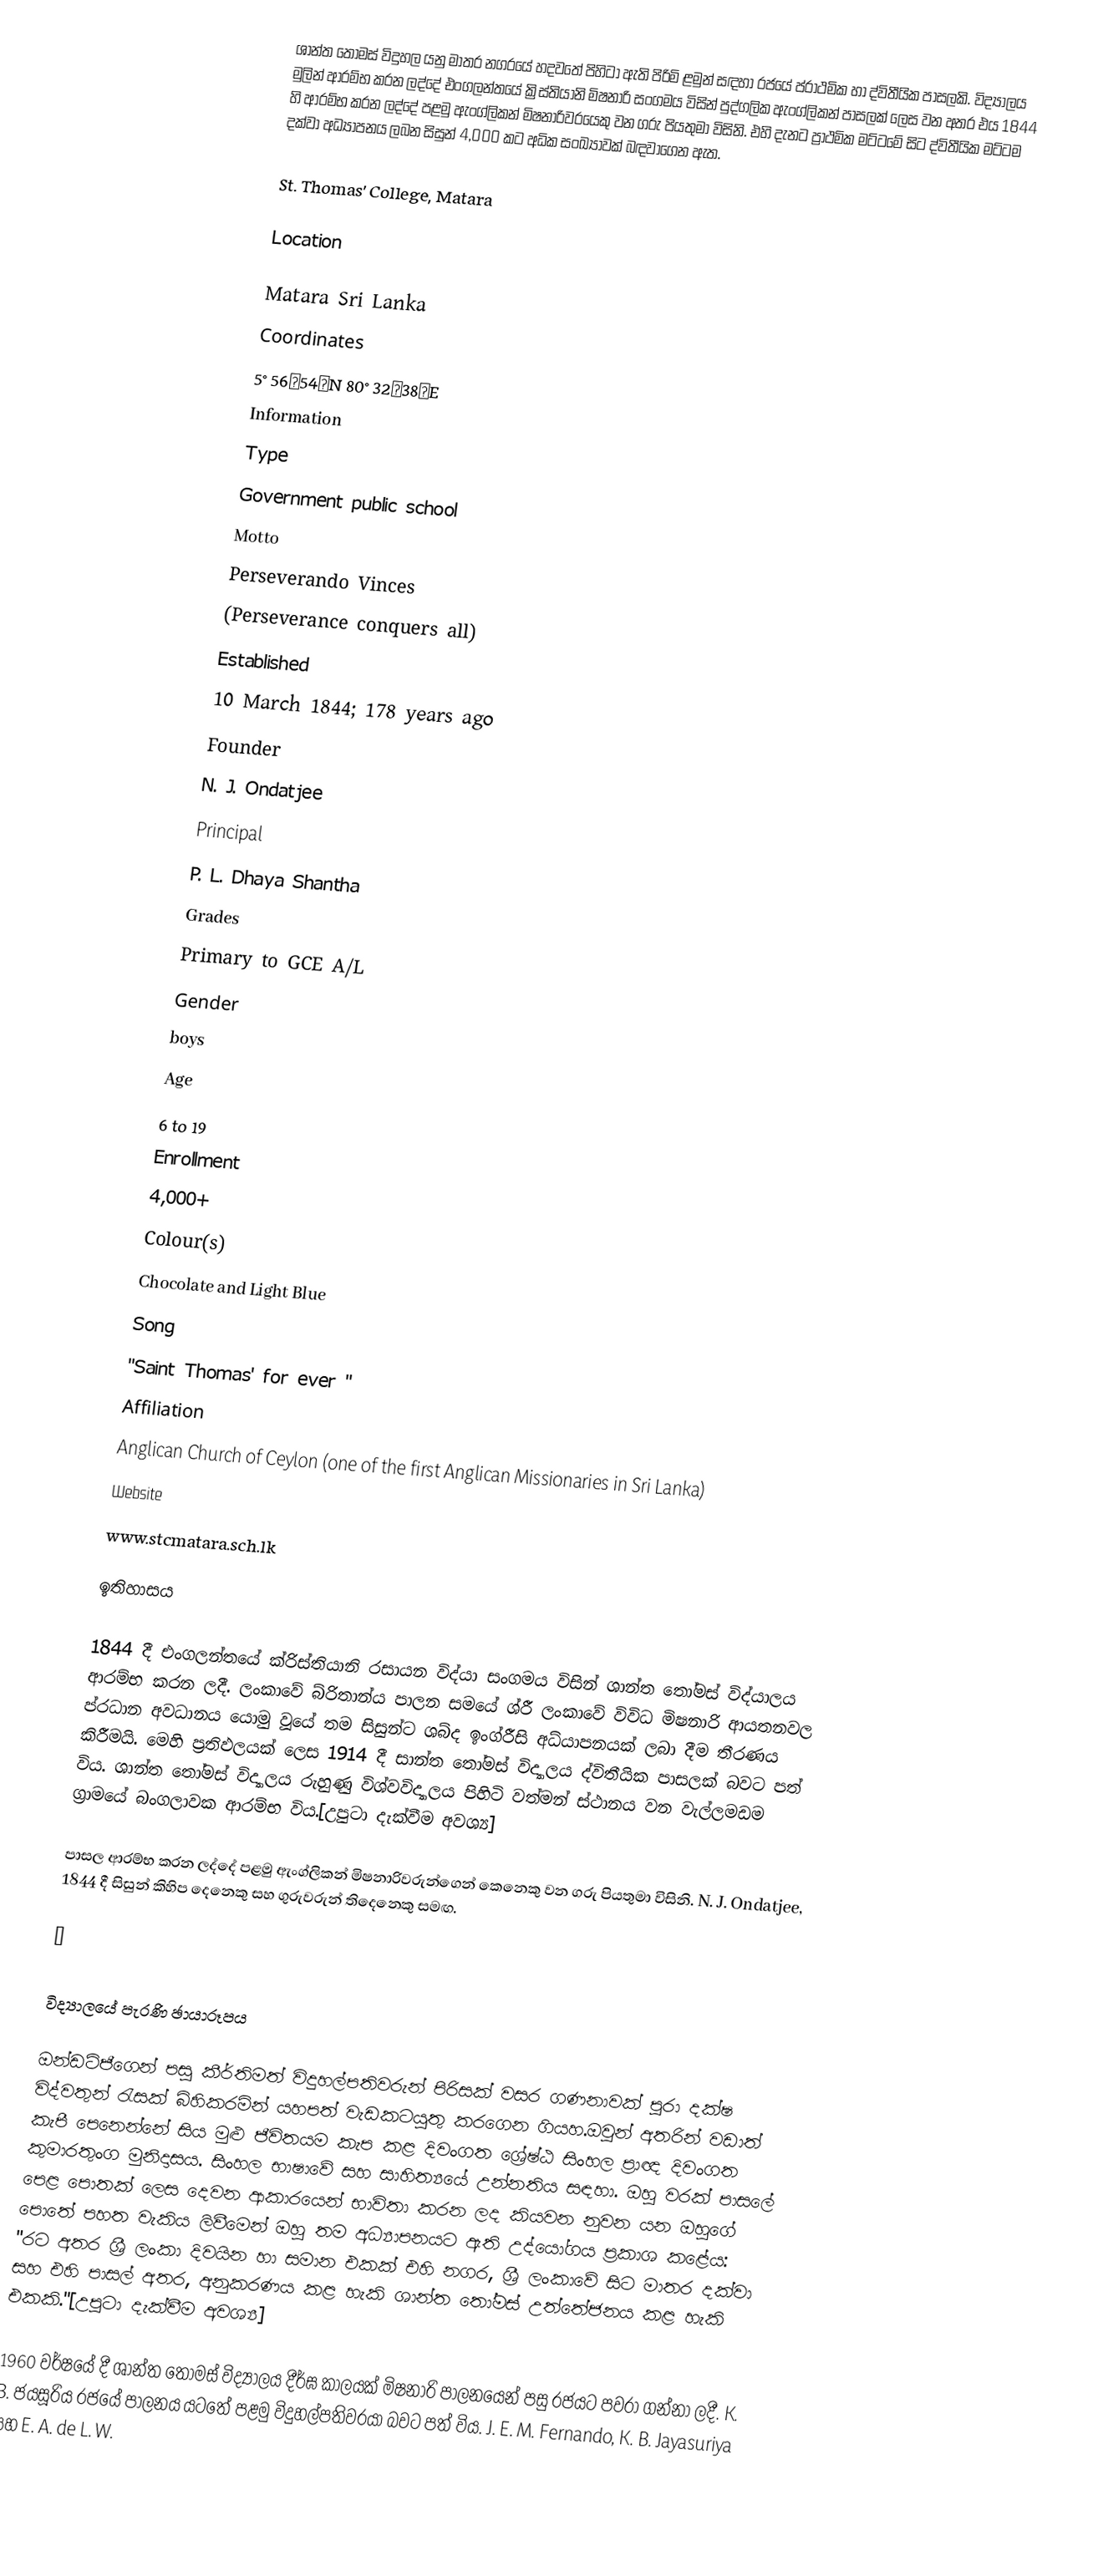
ශාන්ත තෝමස් විදුහල යනු මාතර නගරයේ හදවතේ පිහිටා ඇති පිරිමි ළමුන් සඳහා රජයේ ප්රාථමික හා ද්විතීයික පාසලකි.  විද්‍යාලය මුලින් ආරම්භ කරන ලද්දේ එංගලන්තයේ ක්‍රිස්තියානි මිෂනාරි සංගමය විසින් පුද්ගලික ඇංග්ලිකන් පාසලක් ලෙස වන අතර එය 1844 හි ආරම්භ කරන ලද්දේ පළමු ඇංග්ලිකන් මිෂනාරිවරයෙකු වන ගරු පියතුමා විසිනි. එහි දැනට ප්‍රාථමික මට්ටමේ සිට ද්විතීයික මට්ටම දක්වා අධ්‍යාපනය ලබන සිසුන් 4,000 කට අධික සංඛ්‍යාවක් බඳවාගෙන ඇත.

St. Thomas' College, Matara

Location

Matara Sri Lanka
Coordinates
5°56′54″N 80°32′38″E
Information
Type
Government public school
Motto
Perseverando Vinces
(Perseverance conquers all)
Established
10 March 1844; 178 years ago
Founder
N. J. Ondatjee
Principal
P. L. Dhaya Shantha
Grades
Primary to GCE A/L
Gender
boys
Age
6 to 19
Enrollment
4,000+
Colour(s)
Chocolate and Light Blue   
Song
"Saint Thomas' for ever "
Affiliation
Anglican Church of Ceylon (one of the first Anglican Missionaries in Sri Lanka)
Website
www.stcmatara.sch.lk

ඉතිහාසය

1844 දී එංගලන්තයේ ක්රිස්තියානි රසායන විද්යා සංගමය විසින් ශාන්ත තෝමස් විද්යාලය ආරම්භ කරන ලදී. ලංකාවේ බ්රිතාන්ය පාලන සමයේ ශ්රී ලංකාවේ විවිධ මිෂනාරි ආයතනවල ප්රධාන අවධානය යොමු වූයේ තම සිසුන්ට ශබ්ද ඉංග්රීසි අධ්යාපනයක් ලබා දීම තීරණය කිරීමයි.  මෙහි ප්‍රතිඵලයක් ලෙස 1914 දී සාන්ත තෝමස් විද්‍යාලය ද්විතීයික පාසලක් බවට පත් විය. ශාන්ත තෝමස් විද්‍යාලය රුහුණු විශ්වවිද්‍යාලය පිහිටි වත්මන් ස්ථානය වන වැල්ලමඩම ග්‍රාමයේ බංගලාවක ආරම්භ විය.[උපුටා දැක්වීම අවශ්‍ය]

පාසල ආරම්භ කරන ලද්දේ පළමු ඇංග්ලිකන් මිෂනාරිවරුන්ගෙන් කෙනෙකු වන ගරු පියතුමා විසිනි.  N. J. Ondatjee, 1844 දී සිසුන් කිහිප දෙනෙකු සහ ගුරුවරුන් තිදෙනෙකු සමඟ.

￼

විද්‍යාලයේ පැරණි ඡායාරූපය

ඔන්ඩට්ජීගෙන් පසු කීර්තිමත් විදුහල්පතිවරුන් පිරිසක් වසර ගණනාවක් පුරා දක්ෂ විද්වතුන් රැසක් බිහිකරමින් යහපත් වැඩකටයුතු කරගෙන ගියහ.ඔවුන් අතරින් වඩාත් කැපී පෙනෙන්නේ සිය මුළු ජීවිතයම කැප කළ දිවංගත ශ්‍රේෂ්ඨ සිංහල ප්‍රාඥ දිවංගත කුමාරතුංග මුනිදාසය.  සිංහල භාෂාවේ සහ සාහිත්‍යයේ උන්නතිය සඳහා.  ඔහු වරක් පාසලේ පෙළ පොතක් ලෙස දෙවන ආකාරයෙන් භාවිතා කරන ලද කියවන නුවන යන ඔහුගේ පොතේ පහත වැකිය ලිවීමෙන් ඔහු තම අධ්‍යාපනයට ඇති උද්යෝගය ප්‍රකාශ කළේය: "රට අතර ශ්‍රී ලංකා දිවයින හා සමාන එකක්  එහි නගර, ශ්‍රී ලංකාවේ සිට මාතර දක්වා සහ එහි පාසල් අතර, අනුකරණය කළ හැකි ශාන්ත තෝමස් උත්තේජනය කළ හැකි එකකි."[උපුටා දැක්වීම අවශ්‍ය]

1960 වර්ෂයේ දී ශාන්ත තෝමස් විද්‍යාලය දීර්ඝ කාලයක් මිෂනාරි පාලනයෙන් පසු රජයට පවරා ගන්නා ලදී.  K. B. ජයසූරිය රජයේ පාලනය යටතේ පළමු විදුහල්පතිවරයා බවට පත් විය.  J. E. M. Fernando, K. B. Jayasuriya සහ E. A. de L. W.